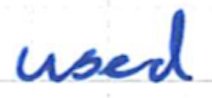
Text: used
Cross-out: clean
Writing tool: ballpoint